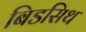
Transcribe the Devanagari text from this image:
बिडसिथ